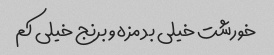
خورشت خیلی بد مزه و برنج خیلی کم